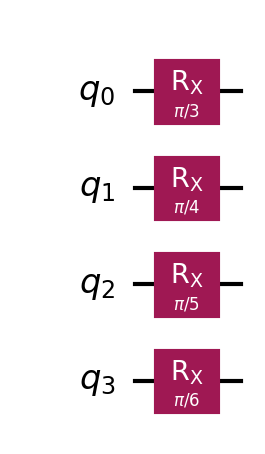
Description: Angle encoding: Rx(x_i) per qubit
描述: 角度编码：每量子比特Rx(x_i)
Category: quantum_ml (difficulty: intermediate)
Qubits: 4, circuit depth: 1

Braket implementation:
import math
from braket.circuits import Circuit
angles = [math.pi/3, math.pi/4, math.pi/5, math.pi/6]
circuit = Circuit()
for i in range(4):
    circuit.rx(i, angles[i])